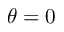
\theta = 0